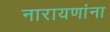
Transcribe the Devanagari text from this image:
नारायणांना